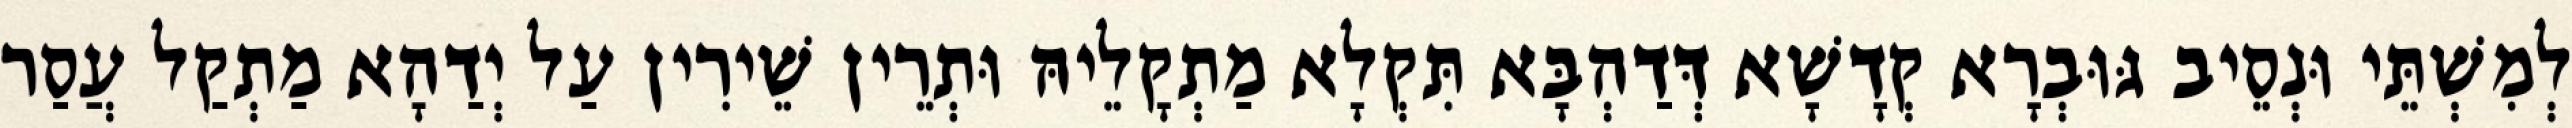
לְמִשְׁתֵּי וּנְסֵיב גּוּבְרָא קְדָשָׁא דְּדַהְבָּא תִּקְלָא מַתְקָלֵיהּ וּתְרֵין שֵׁירִין עַל יְדַהָא מַתְקַל עֲסַר